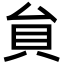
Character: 貟